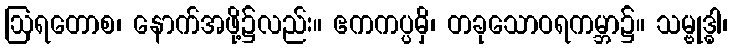
ဩရတောစ၊ နောက်အဖို့၌လည်း။ ဧကကပ္ပမှိ၊ တခုသောဝရကမ္ဘာ၌။ သမ္ဗုဒ္ဓါ၊